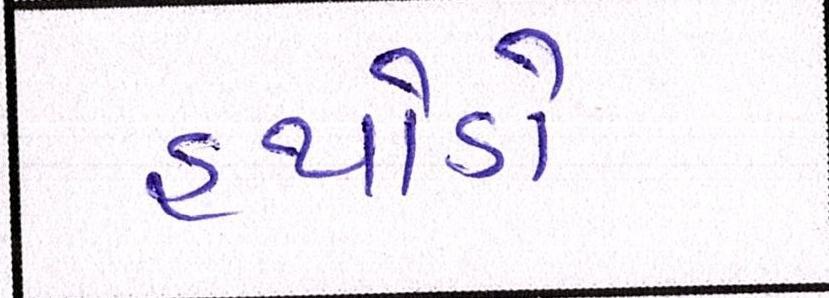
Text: હથોડો